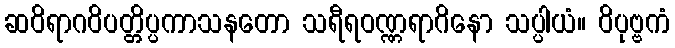
ဆဝိရာဂဝိပတ္တိပ္ပကာသနတော သရီရဝဏ္ဏရာဂိနော သပ္ပါယံ။ ဝိပုဗ္ဗကံ